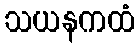
သယနကထံ